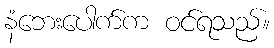
နံဘေးပေါက်က ဝင်ရသည်။